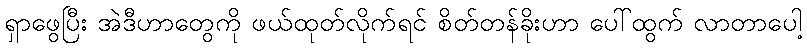
ရှာဖွေပြီး အဲဒီဟာတွေကို ဖယ်ထုတ်လိုက်ရင် စိတ်တန်ခိုးဟာ ပေါ်ထွက် လာတာပေါ့